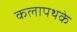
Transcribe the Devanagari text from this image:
कलापथके